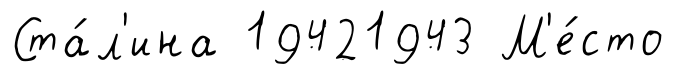
Ста́л'ина 19421943 М'е́сто